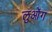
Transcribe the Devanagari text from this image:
लुओंग